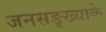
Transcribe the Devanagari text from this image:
जनसङ्ख्याके